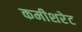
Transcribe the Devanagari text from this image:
कमीशरेट